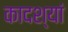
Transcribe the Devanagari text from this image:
कादश्यां